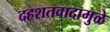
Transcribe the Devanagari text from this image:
दहशतवादामुळे